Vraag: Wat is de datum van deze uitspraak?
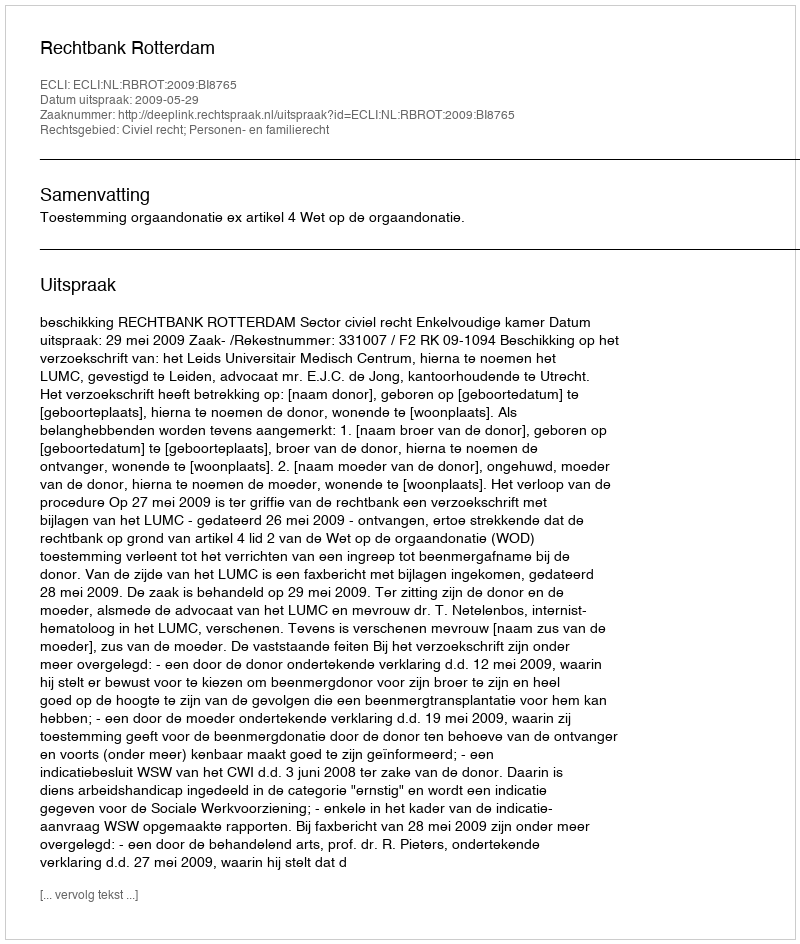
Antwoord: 2009-05-29